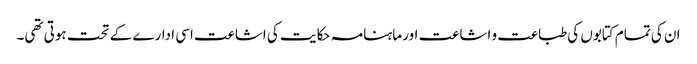
ان کی تمام کتابوں کی طباعت و اشاعت اور ماہنامہ حکایت کی اشاعت اسی ادارے کے تحت ہوتی تھی۔